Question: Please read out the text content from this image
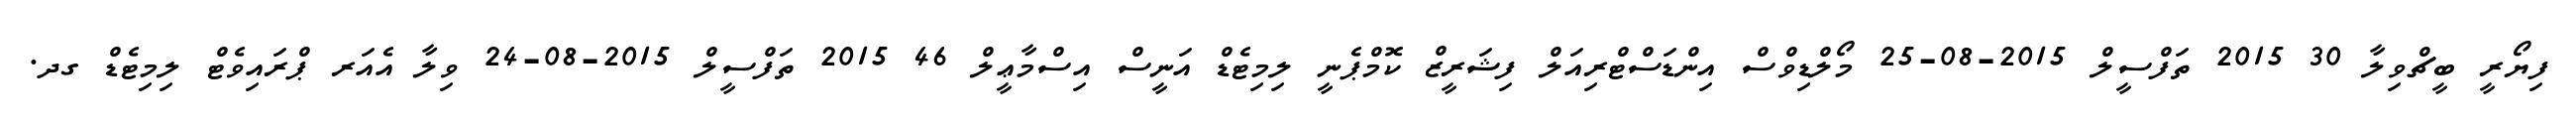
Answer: ފިޔޯރީ ބީޗްވިލާ 30 2015 ތަފްސީލް 2015-08-25 މޯލްޑިވްސް އިންޑަސްޓްރިއަލް ފިޝަރީޒް ކޮމްޕެނީ ލިމިޓެޑް އަނީސް އިސްމާޢީލް 46 2015 ތަފްސީލް 2015-08-24 ވިލާ އެއަރ ޕްރައިވެޓް ލިމިޓެޑް ގދ.